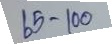
65 - 100